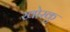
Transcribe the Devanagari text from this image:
खोरकु